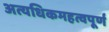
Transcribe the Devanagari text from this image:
अत्यधिकमहत्वपूर्ण